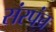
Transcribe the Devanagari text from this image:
संरपंच